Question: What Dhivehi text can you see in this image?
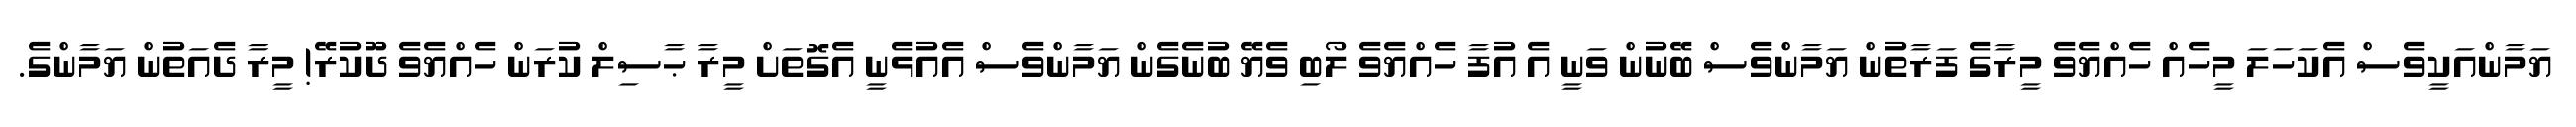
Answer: ޔަމާންއަކީވެސް އެކަހަލަ މީހެއް ހެއްޔެވެ މީރާގެ ފަރާތުން ޔަމާންވެސް ބޭނުން ވަނީ އެ އުފާ ހެއްޔެވެ ލޯބި ވެޔޭ ބުނެގެން ޔަމާންވެސް އެއުޅެނީ އެގޮތަށް މީރާ ޙާސިލް ކުރަން ހެއްޔެވެ ދޫކުރޭ! މީރާ ދެއަތުން ޔަމާންގެ.